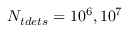
N _ { t d e t s } = 1 0 ^ { 6 } , 1 0 ^ { 7 }